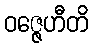
ဝဇ္ဇေဟီတိ